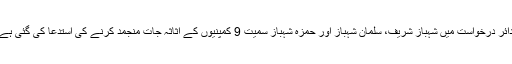
دائر درخواست میں شہباز شریف، سلمان شہباز اور حمزہ شہباز سمیت 9 کمپنیوں کے اثاثہ جات منجمد کرنے کی استدعا کی گئی ہے۔